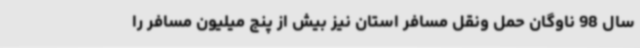
سال 98 ناوگان حمل ونقل مسافر استان نیز بیش از پنج میلیون مسافر را